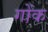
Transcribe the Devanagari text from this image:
गोंक